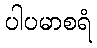
ပါပမာစရံ